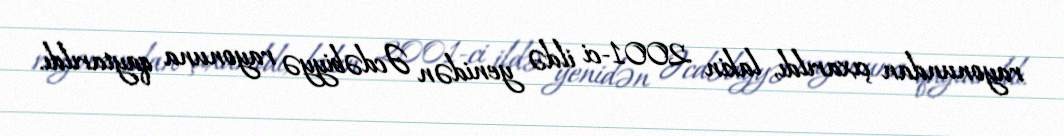
rayonundan çıxarıldı, lakin 2001-ci ildə yenidən Əcdəbiyyə rayonuna qaytarıldı.